Madras plague regulations in force outside the Presidency town - Volume 2
Disease focus: Plague
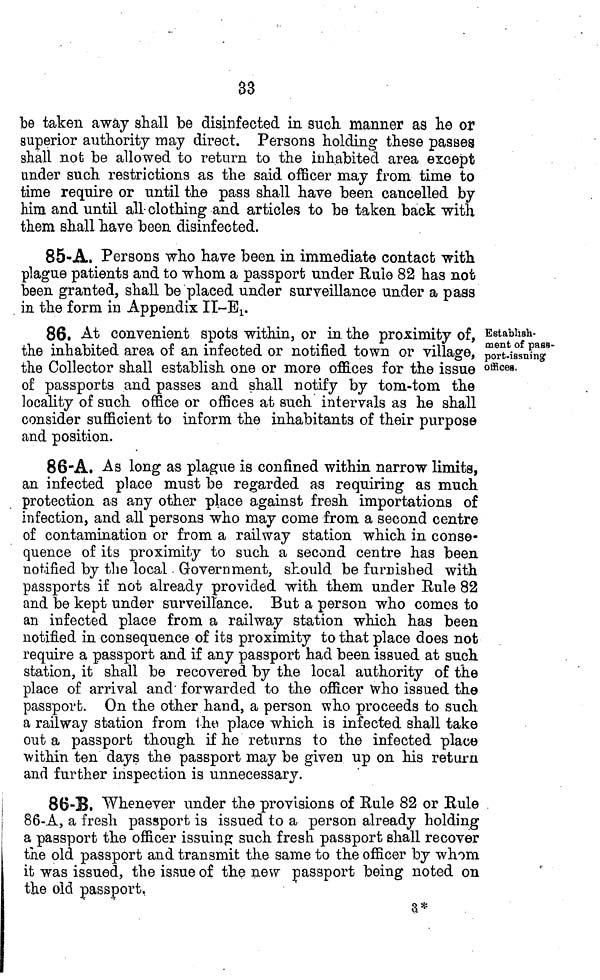
33
be taken away shall be disinfected in suck manner as he or
superior authority may direct. Persons holding these passes
shall not be allowed to return to the inhabited area except
under such restrictions as the said officer may from time to
time require or until the pass shall haye been cancelled by
him and until all clothing and articles to be taken back with
them shall have been disinfected.
85-A. Persons who have been in immediate contact with
plague patients and to whom a passport under Rule 82 has not
been granted, shall be placed under surveillance under a pass
in the form in Appendix II-E1.
Establish-
ment of pass-
port-issuing
offices.
86, At convenient spots within, or in. the proximity of,
the inhabited area of an infected or notified town or village,
the Collector shall establish one or more offices for the issue
of passports and passes and shall notify by tom-tom the
locality of such office or offices at such intervals as he shall
consider sufficient to inform the inhabitants of their purpose
and position.
86-A. As long as plague is confined within narrow limits,
an infected place must be regarded as requiring as much
protection as any other place against fresh importations of
infection, and all persons who may come from a second centre
of contamination or from a railway station which in conse-
quence of its proximity to such a second centre has been
notified by the local Government, should be furnished with
passports if not already provided with them under Rule 82
and be kept under surveillance. But a person who comes to
an infected place from a railway station which has been
notified in consequence of its proximity to that place does not
require a passport and if any passport had been issued at such
station, it shall be recovered by the local authority of the
place of arrival and forwarded to the officer Who issued the
passport. On the other hand, a person who proceeds to such
a railway station from the place which is infected shall take
out a passport though if he returns to the infected place
within ten days the passport may be given up on his return
and further inspection is unnecessary.
86-B. Whenever under the provisions of Rule 82 or Rule
86-A, a fresh passport is issued to a person already holding
a passport the officer issuing such fresh passport shall recover
the old passport and transmit the same to the officer by whom
it was issued, the issue of the new passport being noted on
the old passport,
a*